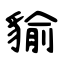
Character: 貐